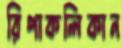
রিপাকলিকান